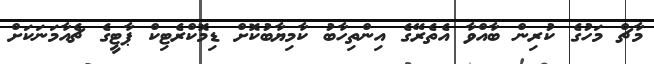
މާޗް މަހުގެ ކުރިން ބާއްވާ އެތެރޭގެ އިންތިހާބު ކާމިޔާބުކޮށް ޑިމޮކްރެޓިކް ޕާޓީގެ ޗެއާމަނަކަށް